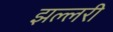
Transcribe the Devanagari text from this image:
झल्लरी